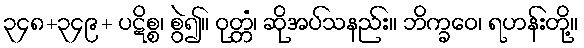
၃၄၈+၃၄၉+ ပဋိစ္စ၊ စွဲ၍။ ဝုတ္တံ၊ ဆိုအပ်သနည်း။ ဘိက္ခဝေ၊ ရဟန်းတို့။